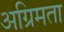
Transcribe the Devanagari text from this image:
अग्रिमता